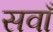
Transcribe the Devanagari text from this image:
सवाँ